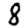
Digit: 8